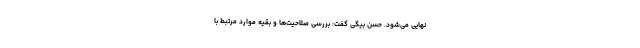
نهایی می‌شود. حسن بیگی گفت: بررسی صلاحیت‌ها و بقیه موارد مرتبط با